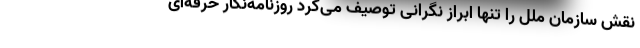
نقش سازمان ملل را تنها ابراز نگرانی توصیف می‌کرد روزنامه‌نگار حرفه‌ای